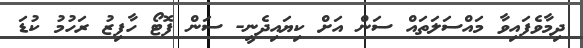
ދިމާވެފައިވާ މައްސަލަތައް ސަން އަށް ކިޔައިދެނީ- ސަން ފޮޓޯ ހާފިޒު ރަހުމު ކުޑަ